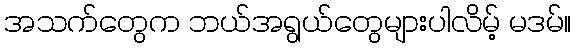
အသက်တွေက ဘယ်အရွယ်တွေများပါလိမ့် မဒမ်။